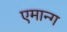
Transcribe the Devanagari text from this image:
एमान्ग